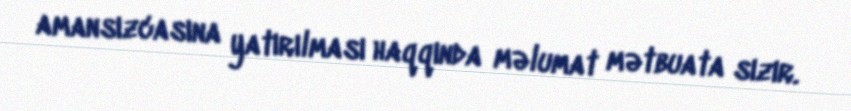
amansızcasına yatırılması haqqında məlumat mətbuata sızır.